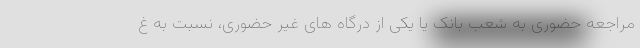
مراجعه حضوری به شعب بانک یا یکی از درگاه های غیر حضوری، نسبت به غ